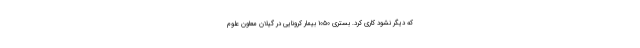
که دیگر نشود کاری کرد. بستری ۱۰۵۰ بیمار کرونایی در گیلان معاون علوم